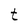
Character: t